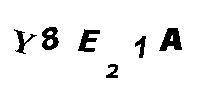
Y8E21A